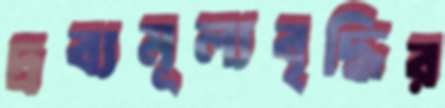
দ্রব্যমূল্যবৃদ্ধির